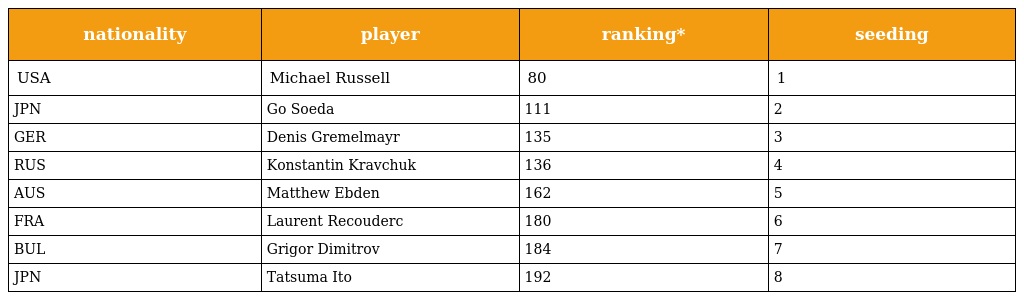
| nationality | player | ranking* | seeding |
 | --- | --- | --- | --- |
 | USA | Michael Russell | 80 | 1 |
 | JPN | Go Soeda | 111 | 2 |
 | GER | Denis Gremelmayr | 135 | 3 |
 | RUS | Konstantin Kravchuk | 136 | 4 |
 | AUS | Matthew Ebden | 162 | 5 |
 | FRA | Laurent Recouderc | 180 | 6 |
 | BUL | Grigor Dimitrov | 184 | 7 |
 | JPN | Tatsuma Ito | 192 | 8 |